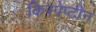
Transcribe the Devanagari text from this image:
किस्पेप्टीन